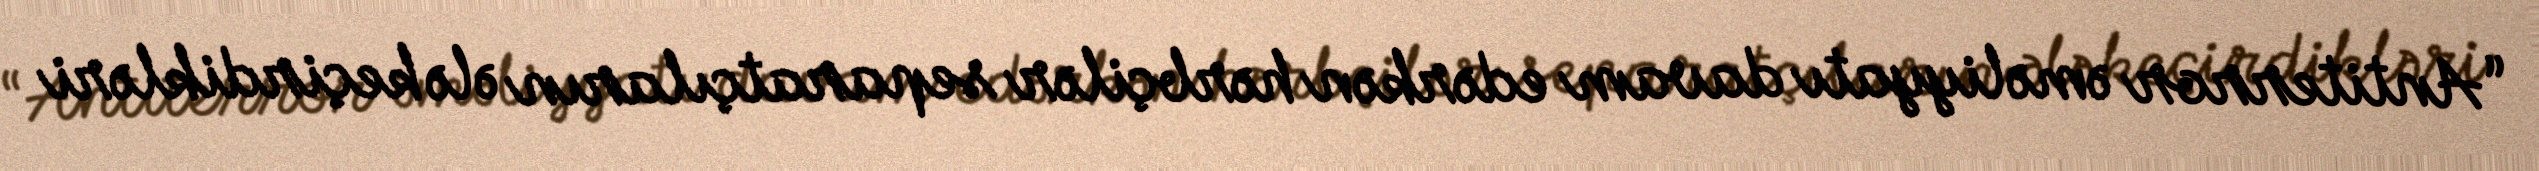
“Antiterror əməliyyatı davam edərkən hərbçilər separatçıların ələ keçirdikləri